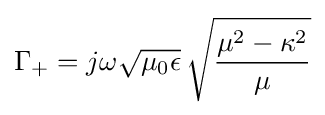
\Gamma _{+}=j\omega {\sqrt {\mu _{0}\epsilon }}\,{\sqrt {\frac {\mu ^{2}-\kappa ^{2}}{\mu }}}